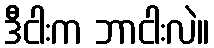
ဒီငါးက ဘာငါးလဲ။